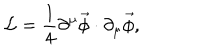
LaTeX: \mathcal { L } = \frac { 1 } { 4 } \partial ^ { \mu } \vec { \phi } \cdot \partial _ { \mu } \vec { \phi } ,